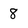
Character: 8